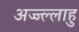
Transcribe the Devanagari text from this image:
अज्ज्ल्लाहु